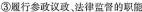
③履行参政议政，法律监督的职能